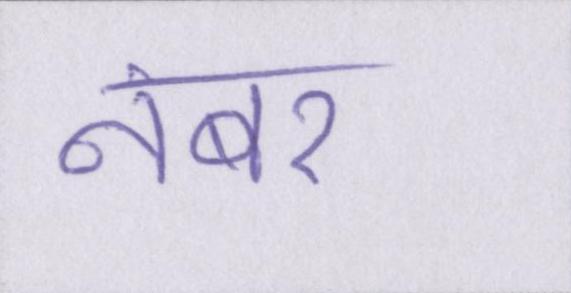
नंबर